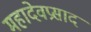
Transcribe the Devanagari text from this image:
महादेवप्रसाद